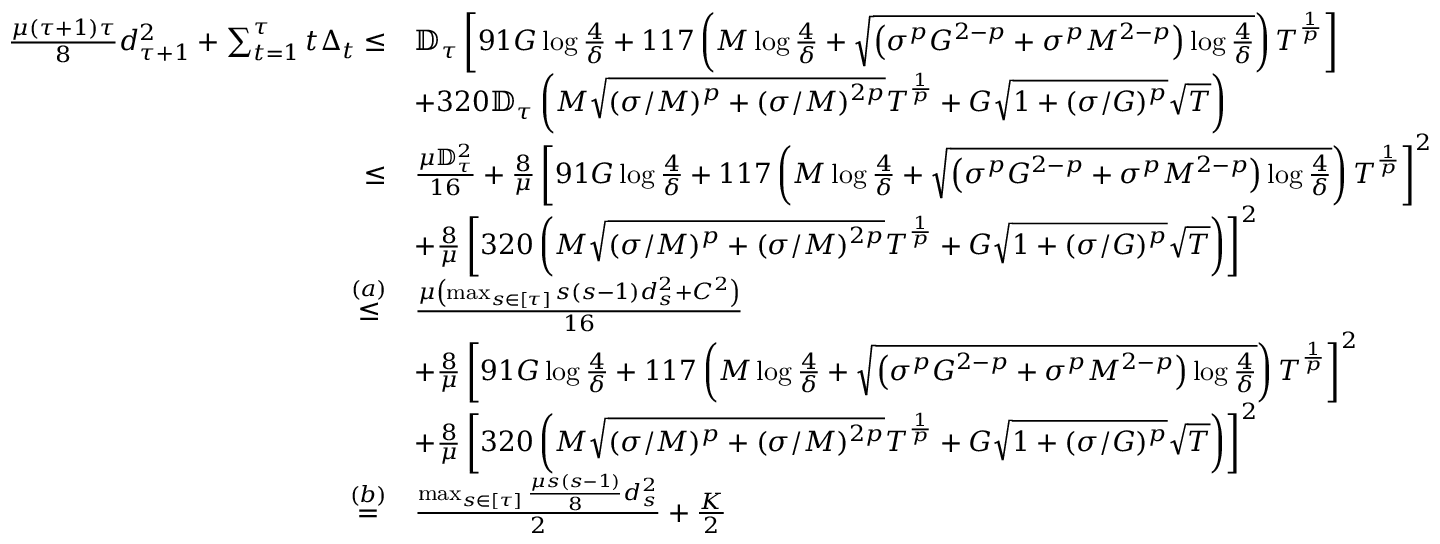
\begin{array} { r l } { \frac { \mu ( \tau + 1 ) \tau } { 8 } d _ { \tau + 1 } ^ { 2 } + \sum _ { t = 1 } ^ { \tau } t \Delta _ { t } \leq } & { \mathbb { D } _ { \tau } \left[ 9 1 G \log \frac { 4 } { \delta } + 1 1 7 \left( M \log \frac { 4 } { \delta } + \sqrt { \left( \sigma ^ { p } G ^ { 2 - p } + \sigma ^ { p } M ^ { 2 - p } \right) \log \frac { 4 } { \delta } } \right) T ^ { \frac { 1 } { p } } \right] } \\ & { + 3 2 0 \mathbb { D } _ { \tau } \left( M \sqrt { ( \sigma / M ) ^ { p } + ( \sigma / M ) ^ { 2 p } } T ^ { \frac { 1 } { p } } + G \sqrt { 1 + ( \sigma / G ) ^ { p } } \sqrt { T } \right) } \\ { \leq } & { \frac { \mu \mathbb { D } _ { \tau } ^ { 2 } } { 1 6 } + \frac { 8 } { \mu } \left[ 9 1 G \log \frac { 4 } { \delta } + 1 1 7 \left( M \log \frac { 4 } { \delta } + \sqrt { \left( \sigma ^ { p } G ^ { 2 - p } + \sigma ^ { p } M ^ { 2 - p } \right) \log \frac { 4 } { \delta } } \right) T ^ { \frac { 1 } { p } } \right] ^ { 2 } } \\ & { + \frac { 8 } { \mu } \left[ 3 2 0 \left( M \sqrt { ( \sigma / M ) ^ { p } + ( \sigma / M ) ^ { 2 p } } T ^ { \frac { 1 } { p } } + G \sqrt { 1 + ( \sigma / G ) ^ { p } } \sqrt { T } \right) \right] ^ { 2 } } \\ { \overset { ( a ) } { \leq } } & { \frac { \mu \left( \operatorname* { m a x } _ { s \in \left[ \tau \right] } s ( s - 1 ) d _ { s } ^ { 2 } + C ^ { 2 } \right) } { 1 6 } } \\ & { + \frac { 8 } { \mu } \left[ 9 1 G \log \frac { 4 } { \delta } + 1 1 7 \left( M \log \frac { 4 } { \delta } + \sqrt { \left( \sigma ^ { p } G ^ { 2 - p } + \sigma ^ { p } M ^ { 2 - p } \right) \log \frac { 4 } { \delta } } \right) T ^ { \frac { 1 } { p } } \right] ^ { 2 } } \\ & { + \frac { 8 } { \mu } \left[ 3 2 0 \left( M \sqrt { ( \sigma / M ) ^ { p } + ( \sigma / M ) ^ { 2 p } } T ^ { \frac { 1 } { p } } + G \sqrt { 1 + ( \sigma / G ) ^ { p } } \sqrt { T } \right) \right] ^ { 2 } } \\ { \overset { ( b ) } { = } } & { \frac { \operatorname* { m a x } _ { s \in \left[ \tau \right] } \frac { \mu s ( s - 1 ) } { 8 } d _ { s } ^ { 2 } } { 2 } + \frac { K } { 2 } } \end{array}